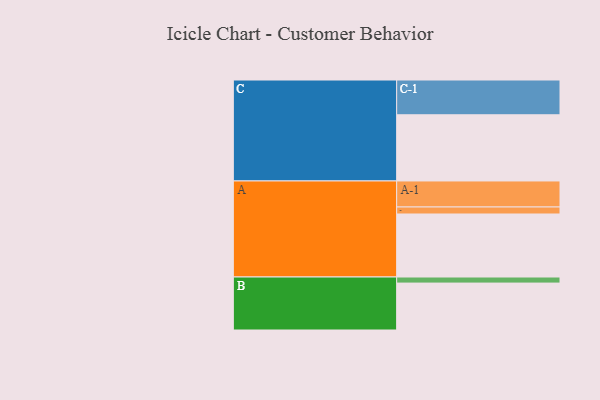
{"axis": {"x": "Segment", "y": "Value"}, "legend": ["", "A", "B", "C"], "data": [{"x": "A", "y": 540, "type": ""}, {"x": "B", "y": 402, "type": ""}, {"x": "C", "y": 567, "type": ""}, {"x": "A-1", "y": 223, "type": "A"}, {"x": "A-2", "y": 60, "type": "A"}, {"x": "B-1", "y": 52, "type": "B"}, {"x": "C-1", "y": 298, "type": "C"}]}